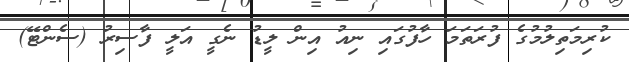
ކުރިމަތިލުމުގެ ފުރަތަމަ ހާފުގައި ނިއު އިން ލީޑު ނެގީ އަލީ ފާސިރު (ސެންޓޭ)